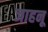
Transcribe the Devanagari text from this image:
जाहनू